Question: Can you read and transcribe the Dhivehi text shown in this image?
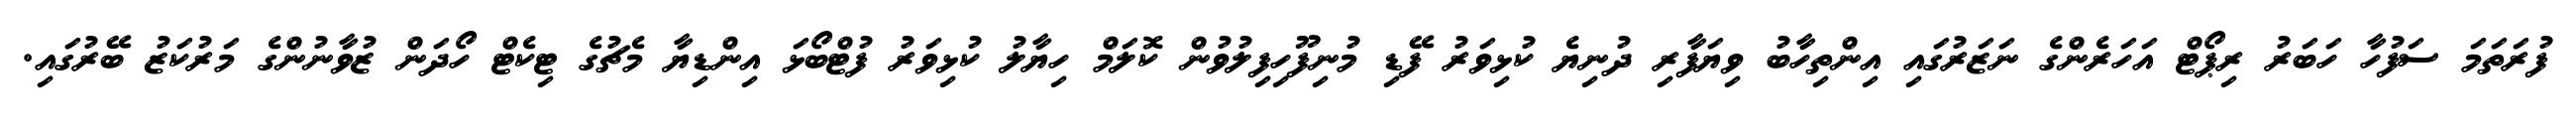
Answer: ފުރަތަމަ ސަފުހާ ހަބަރު ރިޕޯޓް އަހަރެންގެ ނަޒަރުގައި އިންތިހާބު ވިޔަފާރި ދުނިޔެ ކުޅިވަރު ފޭޑި މުނިފޫހިފިލުވުން ކޮލަމް ހިޔާލު ކުޅިވަރު ފުޓްބޯޅަ އިންޑިޔާ މެޗުގެ ޓިކެޓް ހޯދަން ޒުވާނުންގެ މަރުކަޒު ބޭރުގައި.